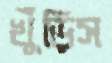
খুঁড়িস